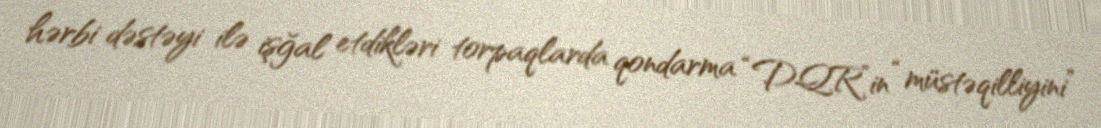
hərbi dəstəyi ilə işğal etdikləri torpaqlarda qondarma “DQR”in “müstəqilliyini”